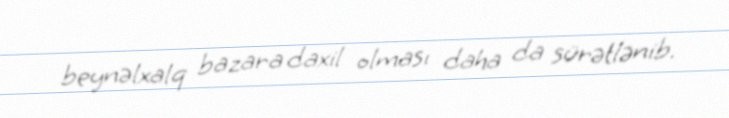
beynəlxalq bazara daxil olması daha da sürətlənib.